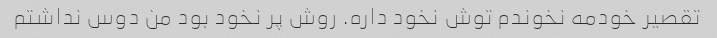
تقصیر خودمه نخوندم توش نخود داره. روش پر نخود بود من دوس نداشتم‌